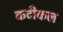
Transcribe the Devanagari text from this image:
कटीकल